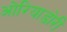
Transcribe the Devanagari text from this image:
ओरियाडोरी